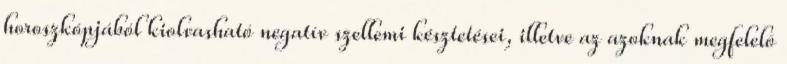
horoszkópjából kiolvasható negatív szellemi késztetései, illetve az azoknak megfelelõ